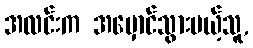
အလင်းက အမှောင်သွားမယ့်သူ,